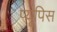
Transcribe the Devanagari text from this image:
प्यूपिस